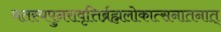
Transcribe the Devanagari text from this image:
नतस्यपुनरावृत्तिर्ब्रह्मलोकात्सनातनात्